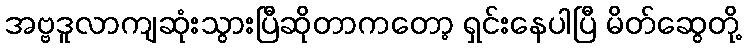
အဗ္ဗဒူလာကျဆုံးသွားပြီဆိုတာကတော့ ရှင်းနေပါပြီ မိတ်ဆွေတို့